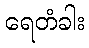
ရေတံခါး